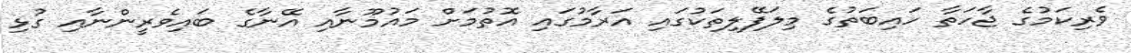
ވެރިކަމުގެ ޖާހަތާ ހައިބަތުގެ މިލަފޭލިތަކުގައި އަރާމުގައި އޮތުމަށް މައުމޫނާއި އޭނާގެ ބައިވެރީންނާއި ގުޅި